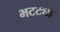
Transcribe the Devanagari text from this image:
भटट्या